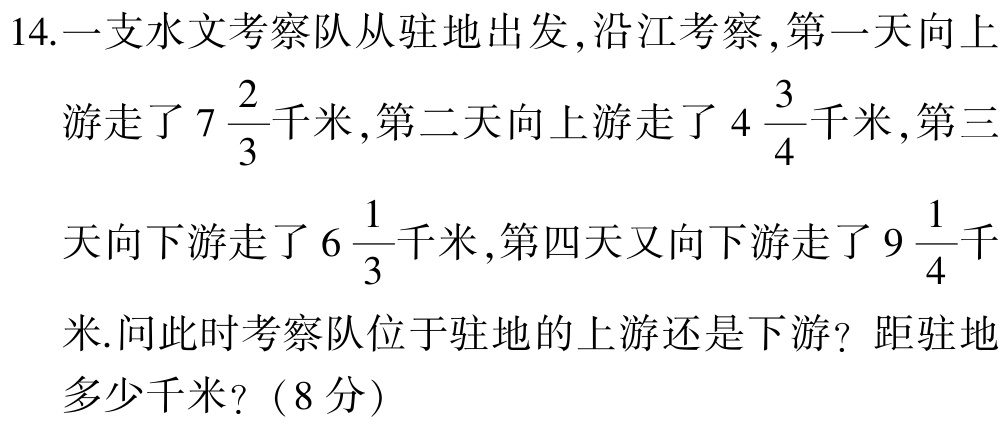
14.一支水文考察队从驻地出发,沿江考察,第一天向上

游走了\(7\frac{2}{3}\)千米,第二天向上游走了\(4\frac{3}{4}\)千米,第三

天向下游走了\(6\frac{1}{3}\)千米,第四天又向下游走了\(9\frac{1}{4}\)千

米.问此时考察队位于驻地的上游还是下游？距驻地

多少千米？（8分）